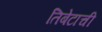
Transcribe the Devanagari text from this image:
तिबेटाची